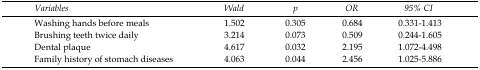
| Variables | Wald | p | OR | 95% CI |
 | --- | --- | --- | --- | --- |
 | Washing hands before meals | 1.502 | 0.305 | 0.684 | 0.331-1.413 |
 | Brushing teeth twice daily | 3.214 | 0.073 | 0.509 | 0.244-1.605 |
 | Dental plaque | 4.617 | 0.032 | 2.195 | 1.072-4.498 |
 | Family history of stomach diseases | 4.063 | 0.044 | 2.456 | 1.025-5.886 |